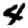
Digit: 4